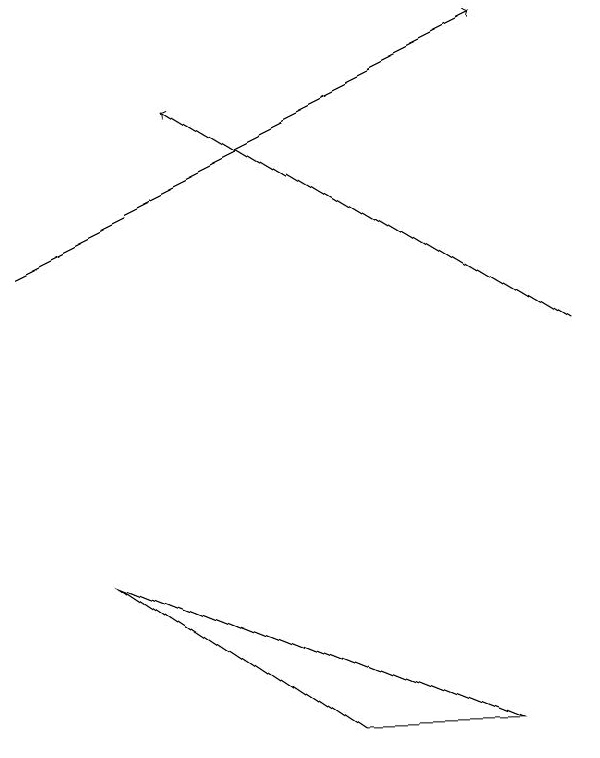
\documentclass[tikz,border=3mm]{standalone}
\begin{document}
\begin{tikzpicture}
\draw[->] (0,13) -- (6,16);
\draw[->] (7,12) -- (2,15);
\draw (1,9) -- (4,7) -- (6,7) -- cycle;
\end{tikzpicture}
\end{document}